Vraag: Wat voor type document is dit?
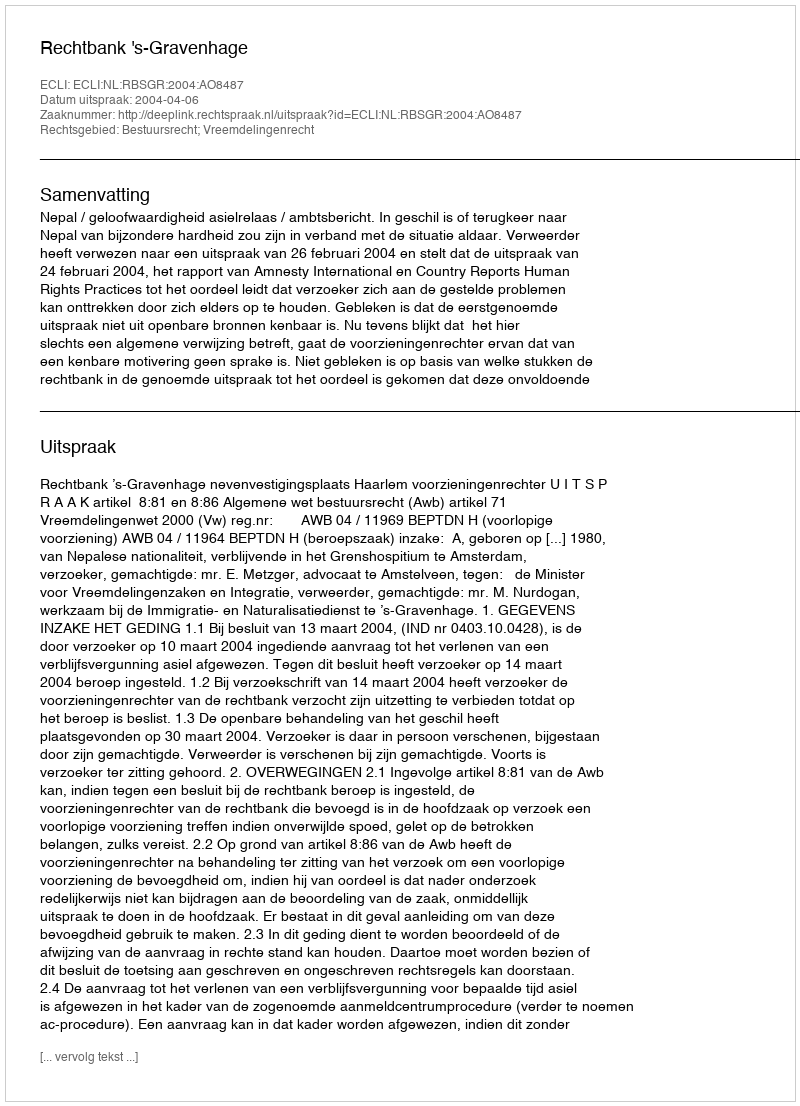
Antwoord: Uitspraak